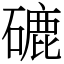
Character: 䃙